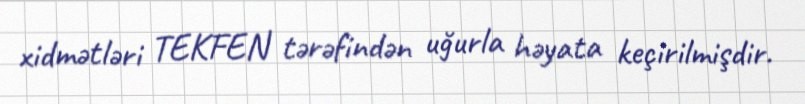
xidmətləri TEKFEN tərəfindən uğurla həyata keçirilmişdir.